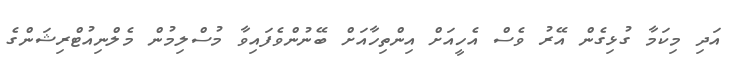
އަދި މިކަމާ ގުޅިގެން އޭރު ވެސް އެހީއަށް އިންތިހާއަށް ބޭނުންވެފައިވާ މުސްލިމުން މެލްނިއުޓްރިޝަންގެ